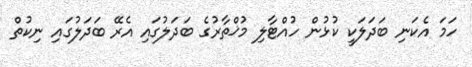
ހަމަ އެކަނި ބަދަލަކީ ކުޅުން ހުއްޓާލި މުޚްތާރުގެ ބަދަލުގައި އެރޭ ބަދަލުގައި ނިކުތް